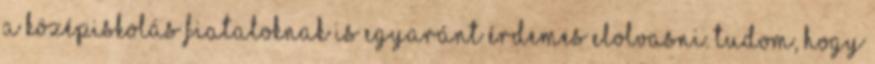
a középiskolás fiataloknak is egyaránt érdemes elolvasni. Tudom, hogy